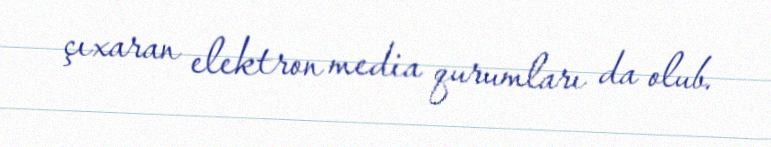
çıxaran elektron media qurumları da olub.